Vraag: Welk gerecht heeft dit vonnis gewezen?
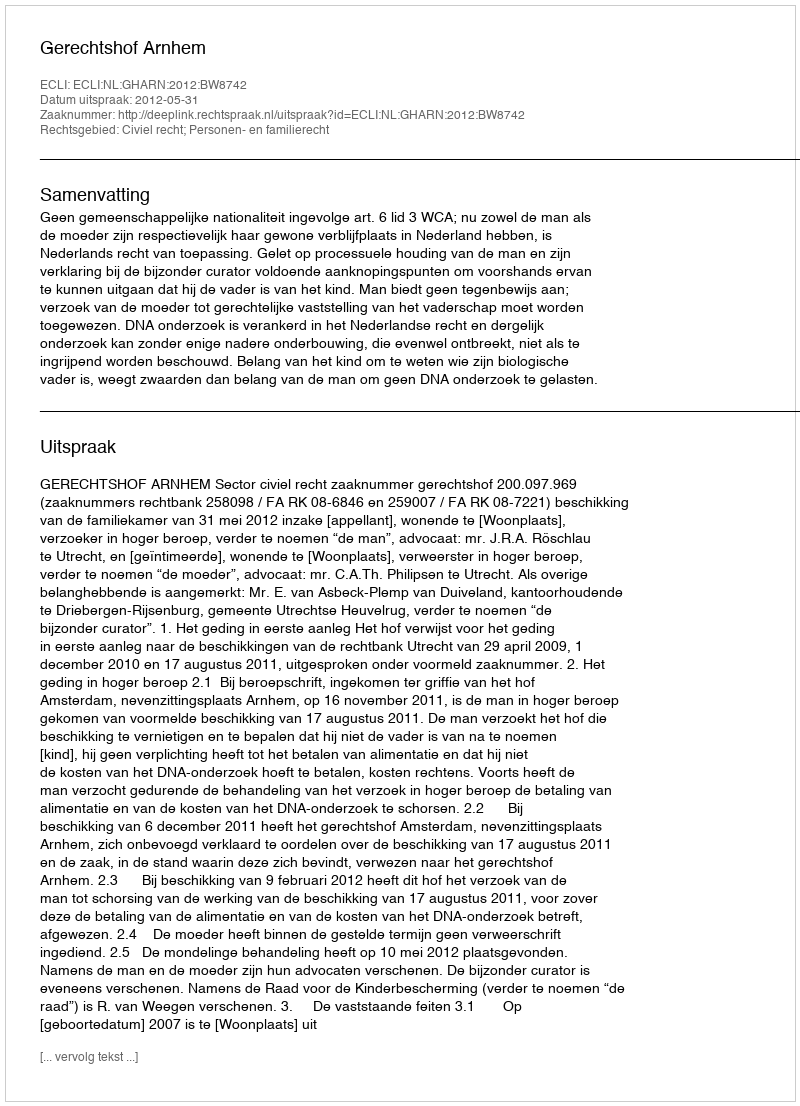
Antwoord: Gerechtshof Arnhem